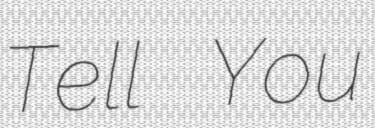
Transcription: Tell You